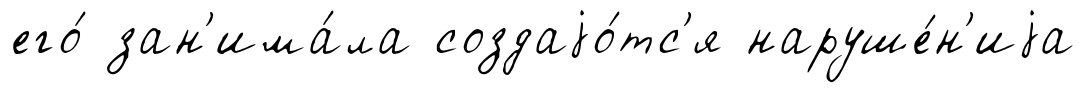
его́ зан'има́ла создаjо́тс'я наруше́н'иjа